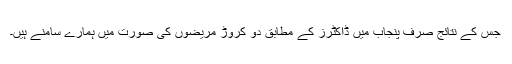
جس کے نتائج صرف پنجاب میں ڈاکٹرز کے مطابق دو کروڑ مریضوں کی صورت میں ہمارے سامنے ہیں۔